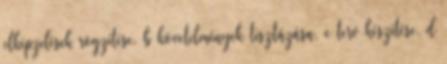
elképzelések rögzítése, b követelmények tisztázása, c terv készítése, d